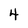
Character: 4